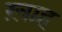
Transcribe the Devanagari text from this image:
ख़ाह